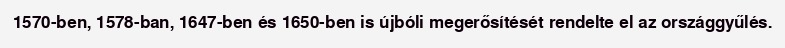
1570-ben, 1578-ban, 1647-ben és 1650-ben is újbóli megerősítését rendelte el az országgyűlés.